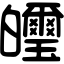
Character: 𤿂